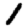
Digit: 1